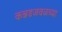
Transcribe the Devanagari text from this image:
कन्नडजवळच्या